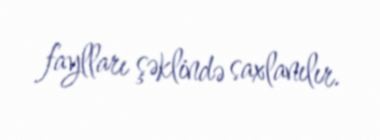
faylları şəklində saxlanılır.